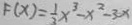
F ( x ) = \frac { 1 } { 3 } x ^ { 3 } - x ^ { 2 } - 3 x